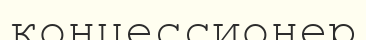
концессионер